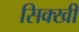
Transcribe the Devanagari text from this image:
सिक्खी